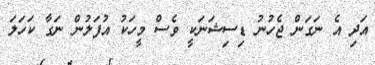
އަދި އެ ނަގަން ޖެހުނު ޑިސިޝަނަކީ ވެސް މީހަކު އުފަލުން ނަގާ ކަހަލަ